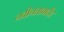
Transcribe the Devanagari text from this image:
नवीनतावादी।